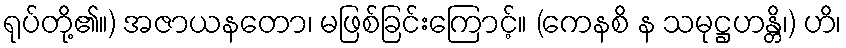
ရုပ်တို့၏။) အဇာယနတော၊ မဖြစ်ခြင်းကြောင့်။ (ကေနစိ န သမုဋ္ဌဟန္တိ၊) ဟိ၊